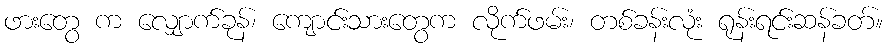
ဖားတွေ က လျှောက်ခုန်၊ ကျောင်းသားတွေက လိုက်ဖမ်း၊ တစ်ခန်းလုံး ရုန်းရင်းဆန်ခတ်။